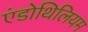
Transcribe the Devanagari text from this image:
एंडोथिलियम